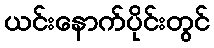
ယင်းနောက်ပိုင်းတွင်